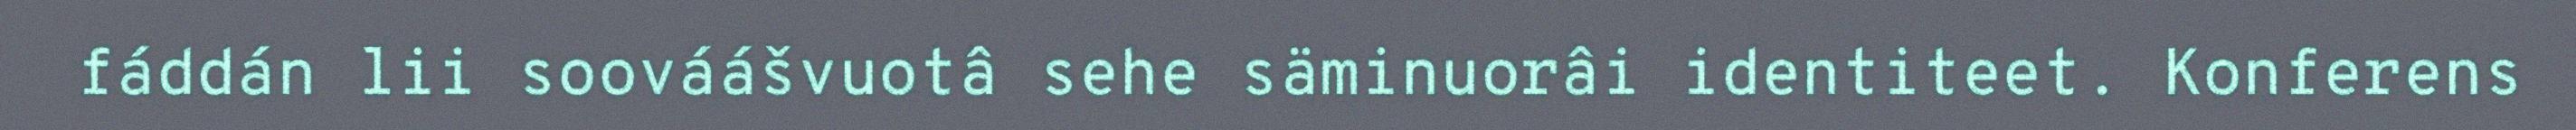
fáddán lii soováášvuotâ sehe säminuorâi identiteet. Konferens